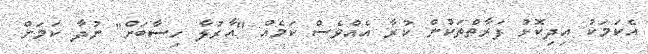
އެކަމަކު އިދިކޮޅު ފަރާތްތަކުން ކުރާ އެއްވެސް ކަމެއް "އާރުލާ ހިސާބަށް" ނުދާ ކަމަށް